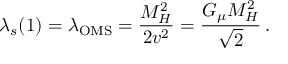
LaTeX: \lambda _ { s } ( 1 ) = \lambda _ { \mathrm { O M S } } = \frac { M _ { H } ^ { 2 } } { 2 v ^ { 2 } } = \frac { G _ { \mu } M _ { H } ^ { 2 } } { \sqrt { 2 } } \, .